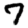
Digit: 7